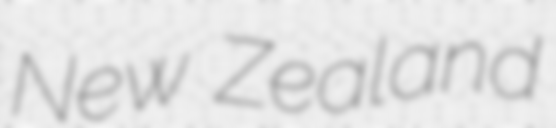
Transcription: New Zealand